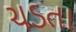
ચડતા